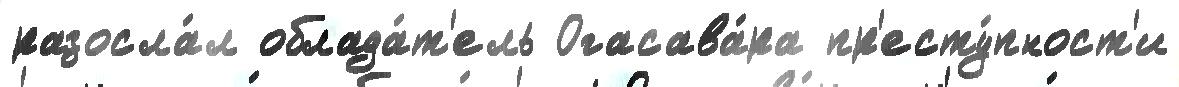
разосла́л облада́т'ель Огасава́ра пр'есту́пност'и